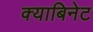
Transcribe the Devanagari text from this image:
क्याबिनेट